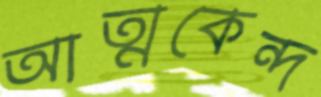
আত্মকেন্দ